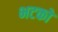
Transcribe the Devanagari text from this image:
भटकों